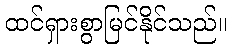
ထင်ရှားစွာမြင်နိုင်သည်။